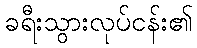
ခရီးသွားလုပ်ငန်း၏